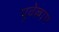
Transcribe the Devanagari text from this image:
पुवेल्लाम